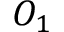
O _ { 1 }